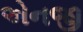
એનજી